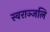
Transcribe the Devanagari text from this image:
स्वराञ्जलि